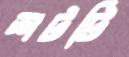
শটটি